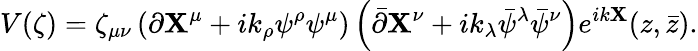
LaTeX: V(\zeta)=\zeta_{\mu\nu}\left(\partial\mathbf{X}^{\mu}+ik_{\rho}\psi^{\rho}\psi^{\mu}\right)\left(\bar{{\partial}}\mathbf{X}^{\nu}+ik_{\lambda}\bar{{\psi}}^{\lambda}\bar{{\psi}}^{\nu}\right)e^{ik\mathbf{X}}(z,\bar{{z}}).